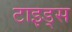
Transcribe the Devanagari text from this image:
टाइड्स